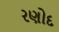
રણોદ